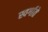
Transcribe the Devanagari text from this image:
स्वर्गाते